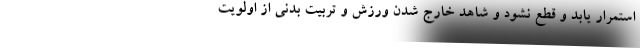
استمرار یابد و قطع نشود و شاهد خارج شدن ورزش و تربیت بدنی از اولویت